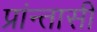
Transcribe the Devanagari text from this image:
प्रांन्तासी